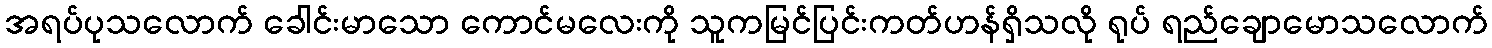
အရပ်ပုသလောက် ခေါင်းမာသော ကောင်မလေးကို သူကမြင်ပြင်းကတ်ဟန်ရှိသလို ရုပ် ရည်ချောမောသလောက်